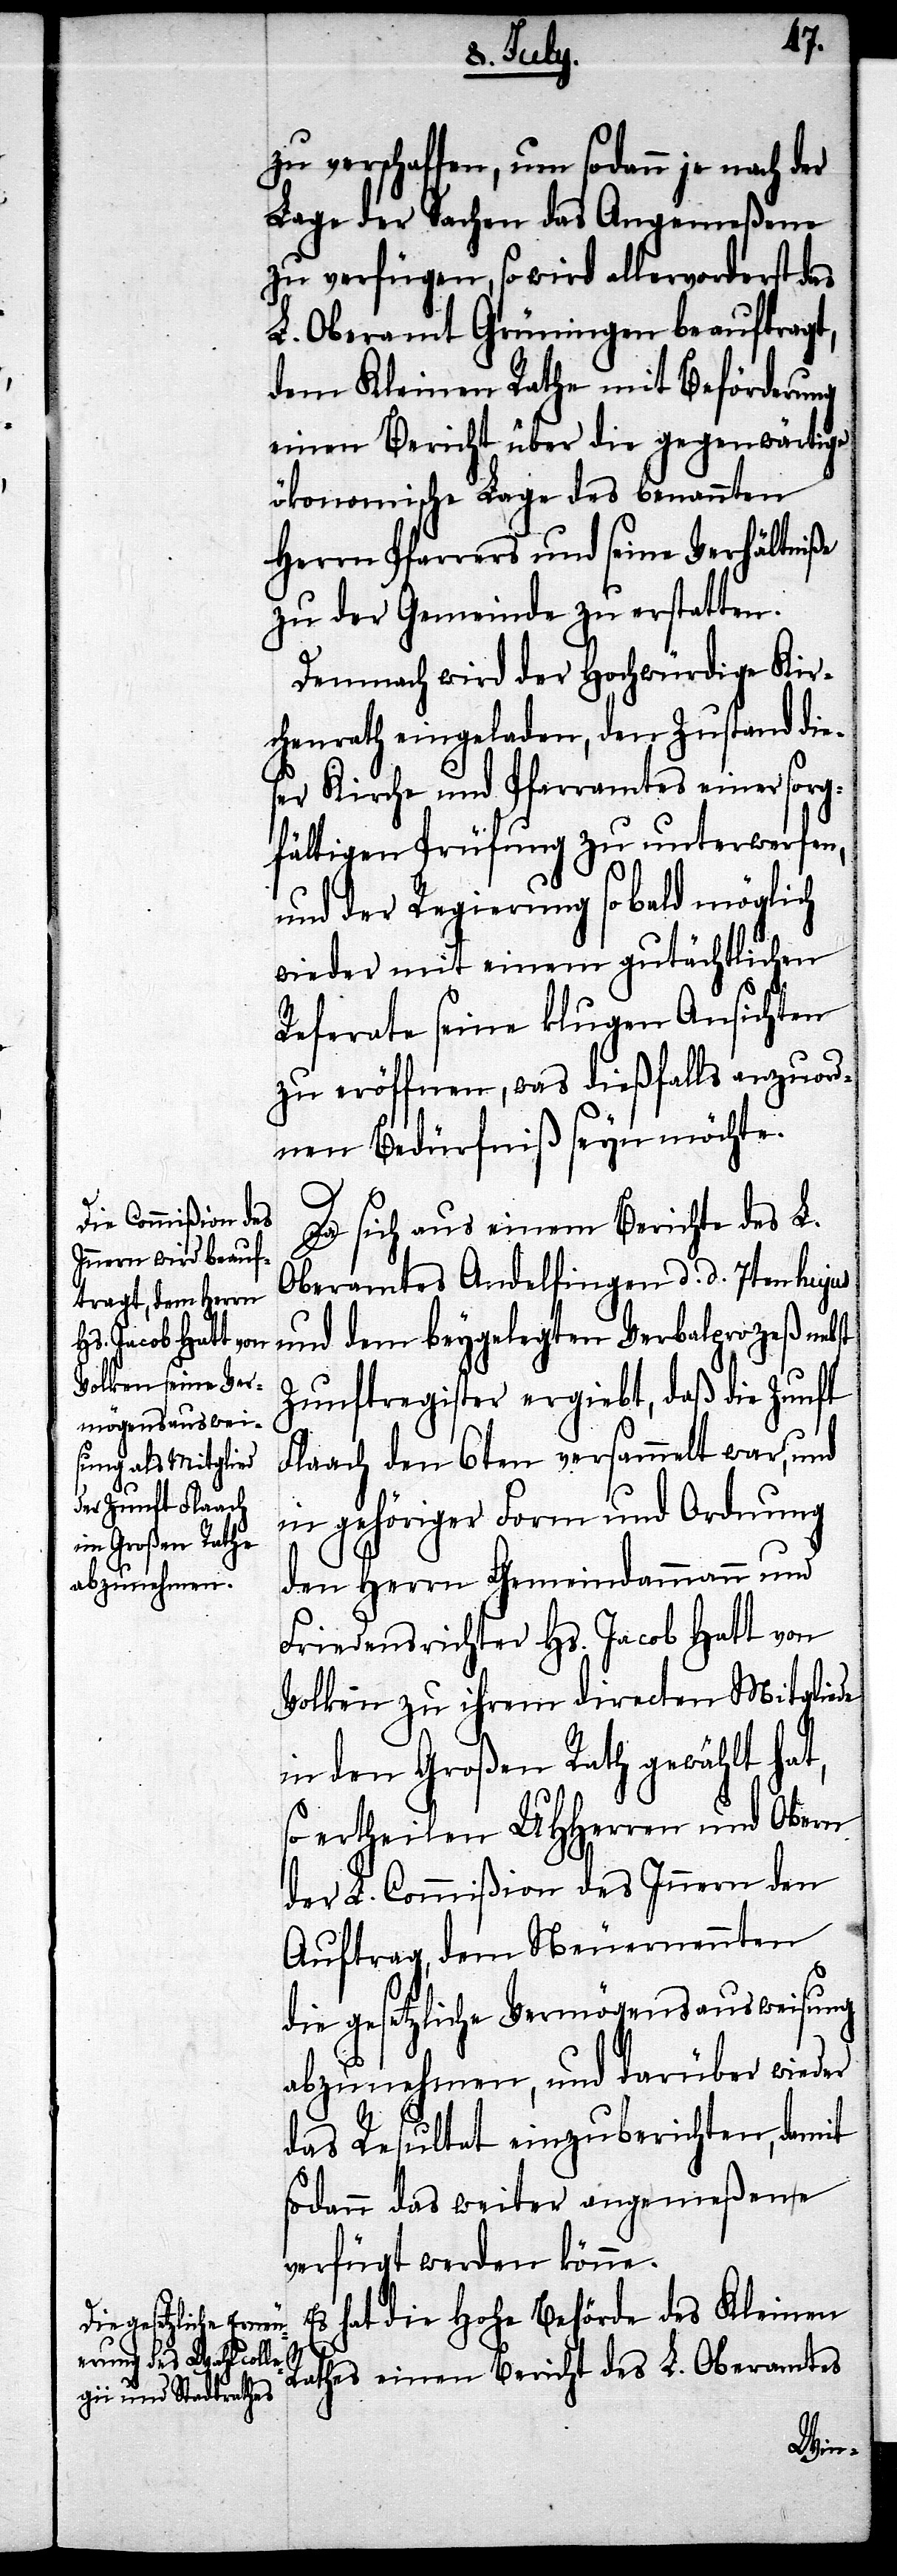
zu verschaffen, um sodann je nach der
Lage der Sachen das Angemeßene
zu verfügen, so wird allervorderst das
L. Oberamt Grüningen beauftragt,
dem Kleine Rathe mit Beförderung
einen Bericht über die gegenwärtige
ökonomische Lage des benannten
Herrn Pfarrers und seine Verhältniße
zu der Gemeinde zu erstatten.
Demnach wird der Hochwürdige Kir¬
chenrath eingeladen, den Zustand die¬
ser Kirche und Pfarramtes einer sorg¬
fältigen Prüfung zu unterwerfen,
und der Regierung so bald möglich
wieder mit einem gutächtlichen
Referate seine klugen Ansichten
zu eröffnen, was dießfalls anzuord¬
nen Bedürfniß sein möchte.
Da sich aus einem Berichte des L.
Oberamtes Andelfingen d. d. 7ten hujus
Zunftregister ergiebt, daß die Zunft
Flaach den 6ten versammelt war, und
in gehöriger Form und Ordnung
den Herrn Gemeindammann und
Friedensrichter Hs. Jacob Hatt von
Volken zu ihrem directen Mitgliede
in den Großen Rath gewählt hat,
so ertheilen UHHerren und Obern
der L. Commißion des Innern den
Auftrag, dem Neuernennten
die gesetzliche Vermögensausweisung
abzunehmen, und darüber wieder
das Resultat einzuberichten, damit
sodann das weiter angemeßene
verfügt werden könne.
Es hat die Hohe Behörde des Kleinen
Rathes einen Bericht des L. Oberamtes